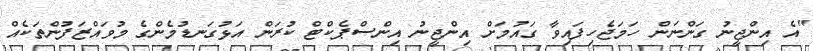
"އެ އިންޖީނު ގަންނަން ހަމަޖެހިފައިވާ ގައުމަށް އިންޖީނު އިންސްޕެކްޓް ކުރަން އަޅުގަނޑުމެންގެ މުވައްޒަފުންތަކެއް